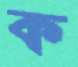
ক